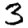
Digit: 3